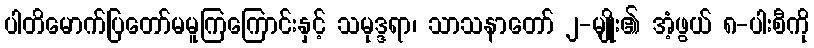
ပါတိမောက်ပြတော်မမူကြကြောင်းနှင့် သမုဒ္ဒရာ၊ သာသနာတော် ၂-မျိုး၏ အံ့ဖွယ် ၈-ပါးစီကို